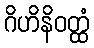
ဂိဟိနိဝတ္ထံ